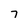
Character: 7